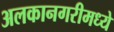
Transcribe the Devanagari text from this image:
अलकानगरीमध्ये